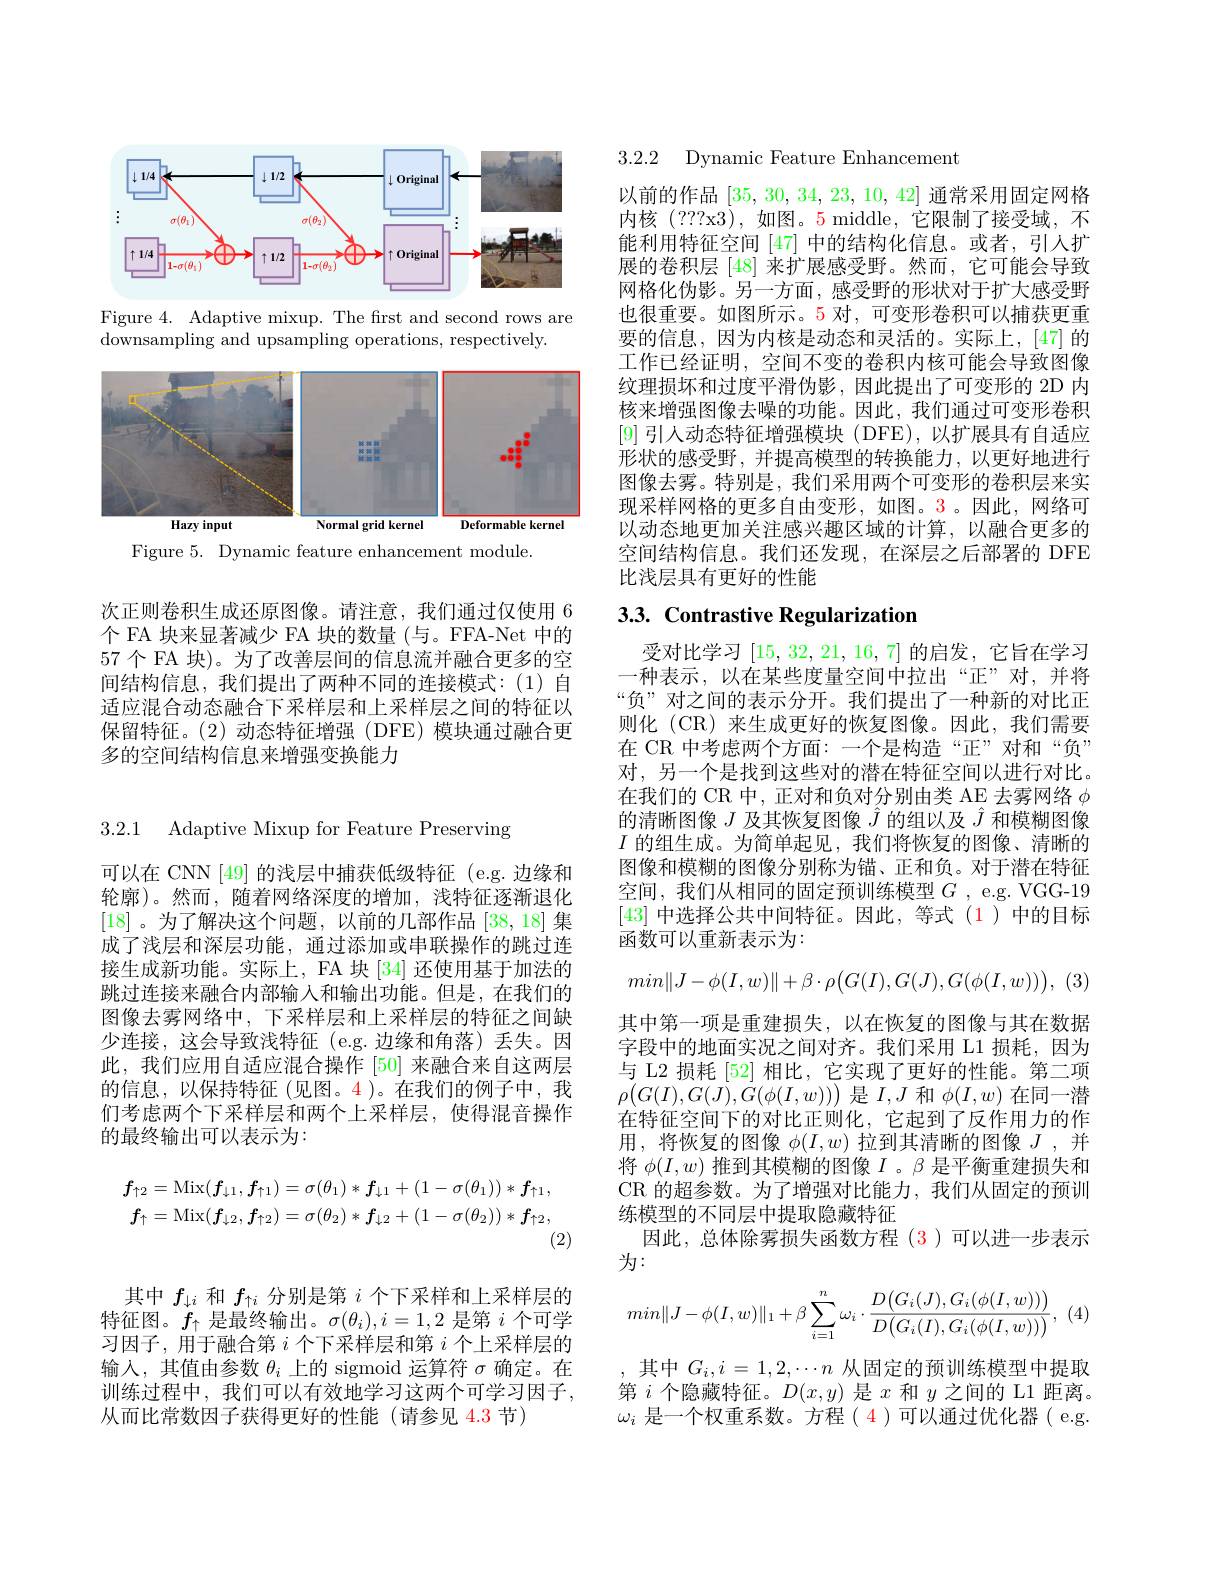
<FigureHere>

Figure 4. Adaptive mixup. The frst and second rows are
downsampling and upsampling operations, respectively.

<FigureHere>

Figure 5. Dynamic feature enhancement module.

次正则卷积生成还原图像。请注意，我们通过仅使用 6个 FA 块来显著减少 FA 块的数量 (与。FFA-Net 中的57 个 FA 块)。为了改善层间的信息流并融合更多的空间结构信息，我们提出了两种不同的连接模式：(1)自适应混合动态融合下采样层和上采样层之间的特征以保留特征。(2)动态特征增强(DFE)模块通过融合更多的空间结构信息来增强变换能力

3.2.1 Adaptive Mixup for Feature Preserving

可以在 CNN [49] 的浅层中捕获低级特征 (e.g.边缘和轮廓)。然而，随着网络深度的增加，浅特征逐渐退化[18] 。为了解决这个问题，以前的几部作品[38,18]集成了浅层和深层功能，通过添加或串联操作的跳过连接生成新功能。实际上，FA 块 [34] 还使用基于加法的跳过连接来融合内部输入和输出功能。但是，在我们的图像去雾网络中，下采样层和上采样层的特征之间缺少连接，这会导致浅特征(e.g.边缘和角落)丢失。因此，我们应用自适应混合操作 [50] 来融合来自这两层的信息，以保持特征(见图。4 )。在我们的例子中，我们考虑两个下采样层和两个上采样层，使得混音操作的最终输出可以表示为：
$$f_{\uparrow2}=\mathrm{Mix}(\boldsymbol{f}_{\downarrow1},\boldsymbol{f}_{\uparrow1})=\sigma(\theta_{1})*\boldsymbol{f}_{\downarrow1}+(1-\sigma(\theta_{1}))*\boldsymbol{f}_{\uparrow1},\\f_{\uparrow}=\mathrm{Mix}(\boldsymbol{f}_{\downarrow2},\boldsymbol{f}_{\uparrow2})=\sigma(\theta_{2})*\boldsymbol{f}_{\downarrow2}+(1-\sigma(\theta_{2}))*\boldsymbol{f}_{\uparrow2},$$
(2)

其中$f_{\downarrow i}$和$f_{\uparrow i}$分别是第$i$个下采样和上采样层的特征图。$f_\uparrow$是最终输出。$\sigma(\theta_i),i=1,2$是第$i$个可学习因子，用于融合第$i$个下采样层和第$i$个上采样层的输入，其值由参数$\theta_i$上的 sigmoid 运算符$\sigma$确定。在训练过程中，我们可以有效地学习这两个可学习因子， 从而比常数因子获得更好的性能(请参见 4.3 节)

3.2.2 Dynamic Feature Enhancement

以前的作品[35,30,34,23,10,42]通常采用固定网格内核(???x3),如图。5 middle,它限制了接受域，不能利用特征空间 [47] 中的结构化信息。或者，引人扩展的卷积层 [48] 来扩展感受野。然而，它可能会导致网格化伪影。另一方面，感受野的形状对于扩大感受野也很重要。如图所示。5 对，可变形卷积可以捕获更重要的信息，因为内核是动态和灵活的。实际上，[47] 的工作已经证明，空间不变的卷积内核可能会导致图像纹理损坏和过度平滑伪影，因此提出了可变形的 2D 内核来增强图像去噪的功能。因此，我们通过可变形卷积[9]引人动态特征增强模块(DFE),以扩展具有自适应形状的感受野，并提高模型的转换能力，以更好地进行图像去雾。特别是，我们采用两个可变形的卷积层来实现采样网格的更多自由变形，如图。3。因此，网络可以动态地更加关注感兴趣区域的计算，以融合更多的空间结构信息。我们还发现，在深层之后部署的 DFE 比浅层具有更好的性能

# 3.3. Contrastive Regularization

受对比学习[15,32,21,16,7]的启发，它旨在学习一种表示，以在某些度量空间中拉出“正”对，并将“负”对之间的表示分开。我们提出了一种新的对比正则化 (CR) 来生成更好的恢复图像。因此，我们需要在 CR 中考虑两个方面：一个是构造“正”对和“负” 对，另一个是找到这些对的潜在特征空间以进行对比。在我们的 CR 中，正对和负对分别由类 AE 去雾网络$\phi$ 的清晰图像$J$及其恢复图像$\hat{J}$的组以及$\hat{J}$和模糊图像$I$的组生成。为简单起见，我们将恢复的图像、清晰的图像和模糊的图像分别称为锚、正和负。对于潜在特征空间，我们从相同的固定预训练模型$G$ , e. g. VGG- 19 [43]中选择公共中间特征。因此，等式(1)中的目标函数可以重新表示为：
$$min\|J-\phi(I,w)\|+\beta\cdot\rho\big(G(I),G(J),G(\phi(I,w))\big),$$
其中第一项是重建损失，以在恢复的图像与其在数据字段中的地面实况之间对齐。我们采用 L1 损耗，因为与 L2 损耗 [52] 相比，它实现了更好的性能。第二项$\rho\big(G(I),G(J),G(\phi(I,w))\big)$是$I,J$和$\phi(I,w)$在同一潜在特征空间下的对比正则化，它起到了反作用力的作用，将恢复的图像$\phi(I,w)$拉到其清晰的图像$J$ ,并将$\phi(I,w)$推到其模糊的图像$I$ 。β 是平衡重建损失和CR 的超参数。为了增强对比能力，我们从固定的预训练模型的不同层中提取隐藏特征
因此，总体除雾损失函数方程 (3)可以进一步表示
为：
$$min\|J-\phi(I,w)\|_1+\beta\sum_{i=1}^n\omega_i\cdot\frac{D\big(G_i(J),G_i(\phi(I,w))\big)}{D\big(G_i(I),G_i(\phi(I,w))\big)},$$
(4)

其中$G_i,i=1,2,\cdots n$从固定的预训练模型中提取第$i$个隐藏特征。$D(x,y)$是$x$和$y$之间的 L1 距离。$\omega_i$是一个权重系数。方程( 4)可以通过优化器( e.g.